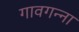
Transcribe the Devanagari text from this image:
गावगन्ना